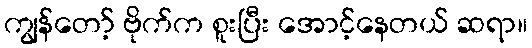
ကျွန်တော့် ဗိုက်က စူးပြီး အောင့်နေတယ် ဆရာ။